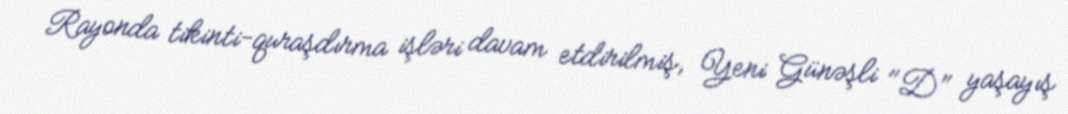
Rayonda tikinti-quraşdırma işləri davam etdirilmiş, Yeni Günəşli "D" yaşayış